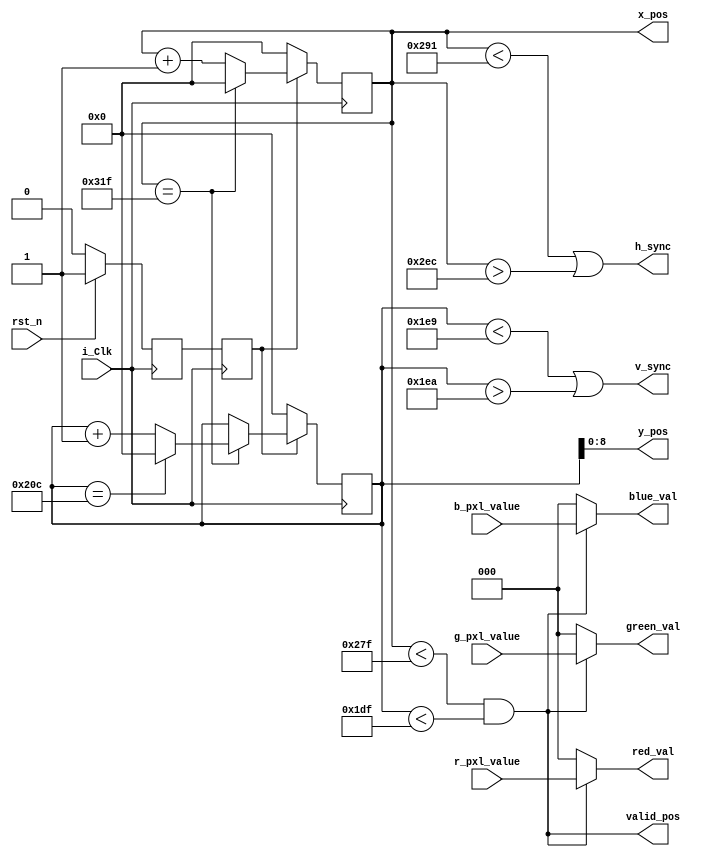
module vga_controller #(
	parameter H_MAX = 800,
    parameter H_ACTIVE = 640,
    parameter H_FRONT = 18,
    parameter H_SYNC = 92,
    parameter H_BACK = 50,
    parameter V_MAX = 525,
    parameter V_ACTIVE = 480,
    parameter V_FRONT = 10,
    parameter V_SYNC = 2,
    parameter V_BACK = 33
)(
	input i_Clk,
    input rst_n,
    
    output h_sync,
    output v_sync,
    output [2:0] red_val,
    output [2:0] blue_val,
    output [2:0] green_val,

	output [$clog2(H_ACTIVE)-1:0] x_pos,
	output [$clog2(V_ACTIVE)-1:0] y_pos,
	output 	valid_pos,
	input 	[2:0] r_pxl_value,
	input 	[2:0] g_pxl_value,
	input 	[2:0] b_pxl_value
);

	reg [$clog2(H_MAX)-1:0] h_counter = 0;
    reg [$clog2(V_MAX)-1:0] v_counter = 0;

	reg rst_sys, r1_rst;
    
    always@(posedge i_Clk)begin
        if(~rst_n)
            {rst_sys, r1_rst} = {r1_rst, 1'b0};
        else
            {rst_sys, r1_rst} = {r1_rst, 1'b1};
    end


	always@(posedge i_Clk)begin
		if(~rst_sys)begin
			h_counter <= 0;
			v_counter <= 0;
		end
		else begin
			if(h_counter == (H_MAX-1))begin
				h_counter <=0;
				if(v_counter == (V_MAX-1))
					v_counter <= 0;
				else
					v_counter <= v_counter +1;
			end
			else begin
				h_counter <= h_counter +1;
			end
		end	
	end

	
	wire h_sync1, h_sync2;
	assign h_sync1 = (h_counter < (H_ACTIVE+H_FRONT-1));
    assign h_sync2 = (h_counter > (H_ACTIVE+H_FRONT+H_SYNC-2));//check!
	
	wire v_sync1, v_sync2;
	assign v_sync1 = (v_counter < (V_ACTIVE+V_FRONT-1));
    assign v_sync2 = (v_counter > (V_ACTIVE+V_FRONT+V_SYNC-2));//check!
	
	wire active;
	assign active = (h_counter <(H_ACTIVE-1))&&(v_counter<(V_ACTIVE-1));
	
	
	assign x_pos = h_counter[$clog2(H_ACTIVE)-1:0];
	assign y_pos = v_counter[$clog2(V_ACTIVE)-1:0];
	assign valid_pos = active;
	
	
	assign red_val = (active) ? r_pxl_value : 3'b0;
	assign green_val = (active) ? g_pxl_value:3'b0;
	assign blue_val = (active) ? b_pxl_value :3'b0;

	assign h_sync = (h_sync1 | h_sync2);
    assign v_sync = (v_sync1 | v_sync2);

endmodule